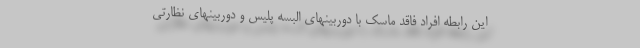
این رابطه افراد فاقد ماسک با دوربینهای البسه پلیس و دوربینهای نظارتی